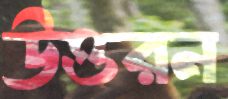
উত্তরন